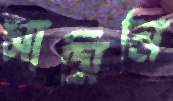
সামিনি